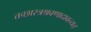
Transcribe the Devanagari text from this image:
तच्छास्त्रश्रवणादावन्यत्